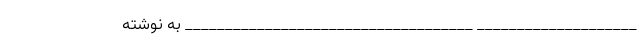
____________________ ____________________________________ به نوشته